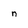
Character: n